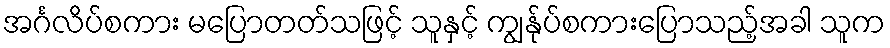
အင်္ဂလိပ်စကား မပြောတတ်သဖြင့် သူနှင့် ကျွန်ုပ်စကားပြောသည့်အခါ သူက